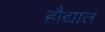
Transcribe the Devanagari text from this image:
हौद्यात